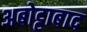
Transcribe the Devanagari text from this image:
अबोट्टाबाद